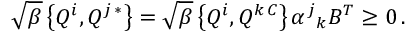
\sqrt { \beta } \left\{ Q ^ { i } , Q ^ { j \, * } \right\} = \sqrt { \beta } \left\{ Q ^ { i } , Q ^ { k \, C } \right\} \alpha ^ { j } { } _ { k } B ^ { T } \geq 0 \, .